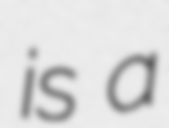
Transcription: is a